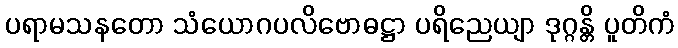
ပရာမသနတော သံယောဂပလိဗောဓဋ္ဌာ ပရိညေယျာ ဒုဂ္ဂန္တိ ပူတိကံ